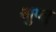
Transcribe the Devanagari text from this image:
गुप्तू